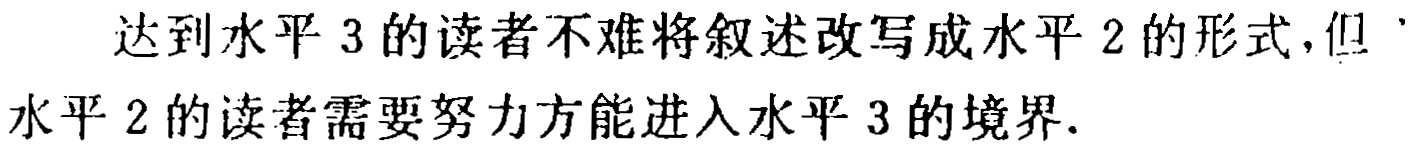
达到水平 3 的读者不难将叙述改写成水平 2 的形式，但 水平 2 的读者需要努力方能进入水平 3 的境界.